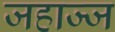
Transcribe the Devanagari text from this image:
जहाज्ज